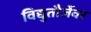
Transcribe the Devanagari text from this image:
विद्युतौर्जेवर